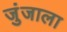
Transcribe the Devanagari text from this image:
जुंजाला